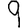
Digit: 9